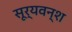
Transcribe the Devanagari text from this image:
सूर्यवन्श